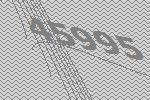
45995